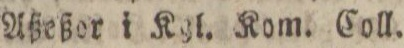
Aßeßor i Kgl. Kom. Coll.